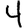
Digit: 4